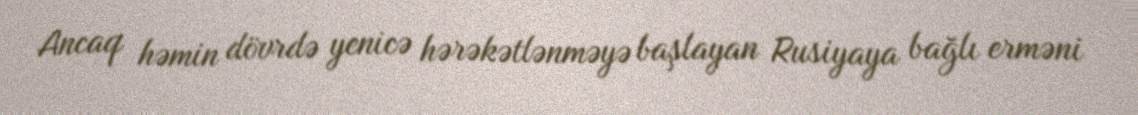
Ancaq həmin dövrdə yenicə hərəkətlənməyə başlayan Rusiyaya bağlı erməni